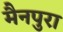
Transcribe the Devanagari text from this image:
मैनपुरा